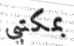
بمكتبي